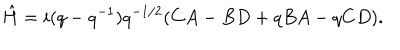
LaTeX: \hat { H } = i ( q - q ^ { - 1 } ) q ^ { - 1 / 2 } ( C A - B D + q B A - q C D ) .